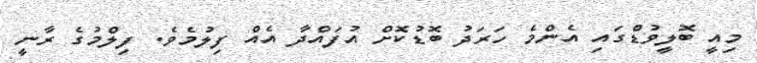
މިއީ ބޮލީވުޑްގައި އެންމެ ހަރަދު ބޮޑުކޮށް އުފައްދާ އެއް ފިލުމެވެ. ފިލްމުގެ ރާނީ